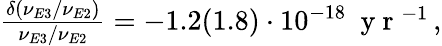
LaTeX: \begin{array}{r}{\frac{\delta(\nu_{E3}/\nu_{E2})}{\nu_{E3}/\nu_{E2}}=-1.2(1.8)\cdot 10^{-18}\ \mathrm{~y~r~}^{-1}\, ,}\end{array}